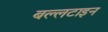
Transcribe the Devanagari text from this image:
बल्लटाइन